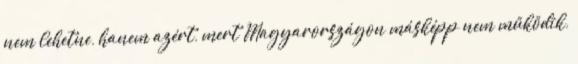
nem lehetne, hanem azért, mert Magyarországon másképp nem működik,